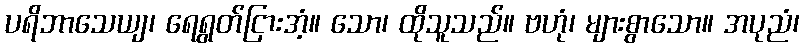
ပရိဘာသေယျ၊ ရေရွတ်ငြားအံ့။ သော၊ ထိုသူသည်။ ဗဟုံ၊ များစွာသော။ အပုညံ၊